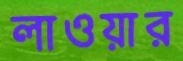
লাওয়ার